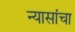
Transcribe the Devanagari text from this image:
न्यासांचा